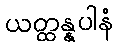
ယတ္ထန္နပါနံ